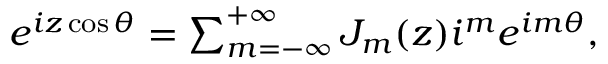
\begin{array} { r } { e ^ { i z \cos \theta } = \sum _ { m = - \infty } ^ { + \infty } J _ { m } ( z ) i ^ { m } e ^ { i m \theta } , } \end{array}